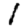
Digit: 1